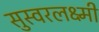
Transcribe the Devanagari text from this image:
सुस्वरलक्ष्मी